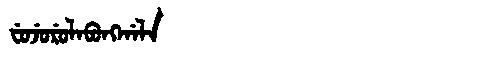
Manchu: ᠸᡠᠵᡠᡵᡠᠯᠠᠪᡠᠩᡤᠠᠯᠠ
Romanization: FUJURULABUNGGALA